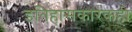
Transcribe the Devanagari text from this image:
इतिहासकारकही